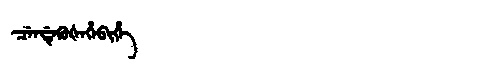
Manchu: ᠴᡝᠨᡩᡝᡴᡠᡧᡝᡥᡝᠪᡳᡥᡝ
Romanization: CENDEKUŠEHEBIHE